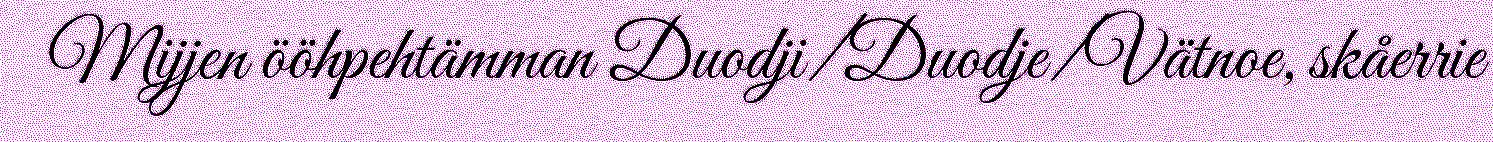
Mijjen ööhpehtämman Duodji/Duodje/Vätnoe, skåerrie